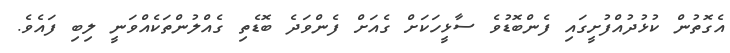
އެގޮތުން ކުޅުދުއްފުށީގައި ފެންބޮޑުވެ ސާޅީހަކަށް ގެއަށް ފެންވަދެ ބޮޑެތި ގެއްލުންތަކެއްވަނީ ލިބި ފައެވެ.